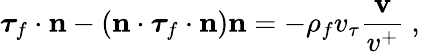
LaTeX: \boldsymbol{\tau}_{f}\cdot\mathbf{n}-\left(\mathbf{n}\cdot\boldsymbol{\tau}_{f}\cdot\mathbf{n}\right)\mathbf{n}=-\rho_{f}v_{\tau}\frac{\mathbf{v}}{v^{+}}\mathrm{~,~}